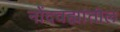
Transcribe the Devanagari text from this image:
नोंदवह्यांतील